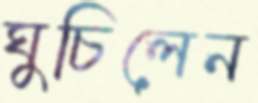
ঘুচিলেন